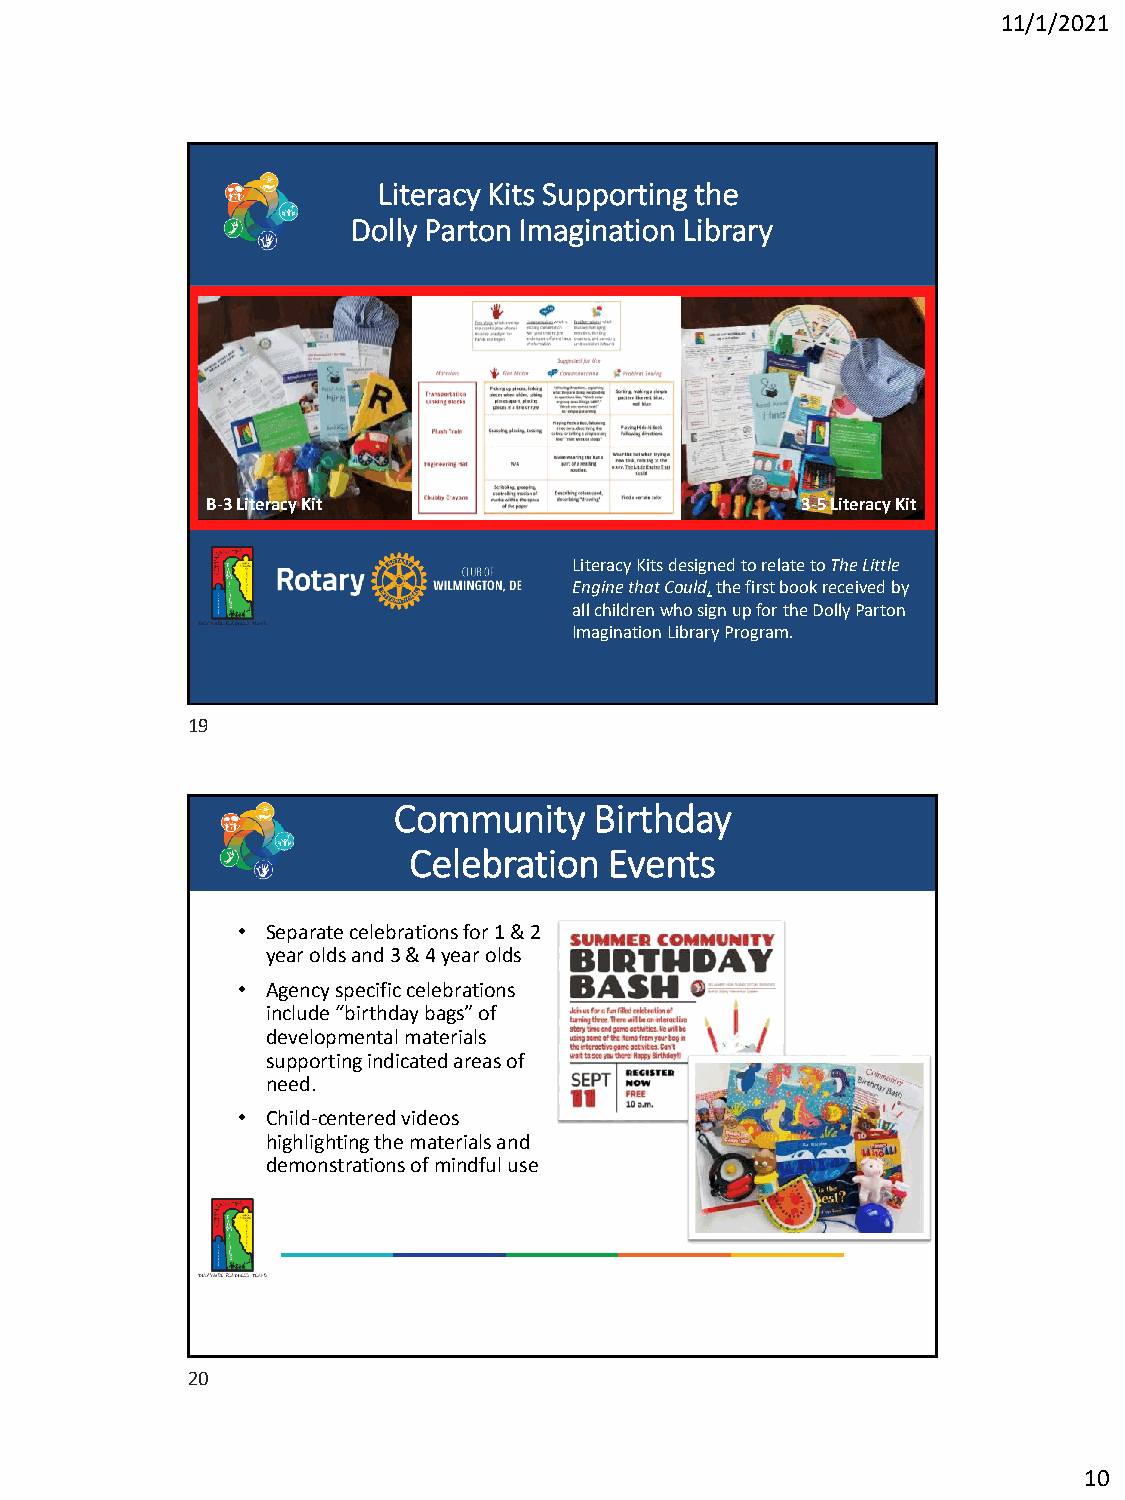
11/1/2021
 Literacy Kits Supporting the
 Dolly Parton Imagination Library
 B-3 Literacy Kit                       3-5 Literacy Kit
 Literacy Kits designed to relate toThe Little
 Engine that Could,the first book received by
 all children who sign up for the Dolly Parton
 Imagination Library Program.
 19
 Community    Birthday
 Celebration  Events
 • Separate celebrations for 1 & 2
 year oldsand 3 & 4 year olds
 • Agency specific celebrations
 include “birthday bags” of
 developmental materials
 supporting indicated areas of
 need.
 • Child-centered videos
 highlighting the materials and
 demonstrations of mindful use
 20
 10